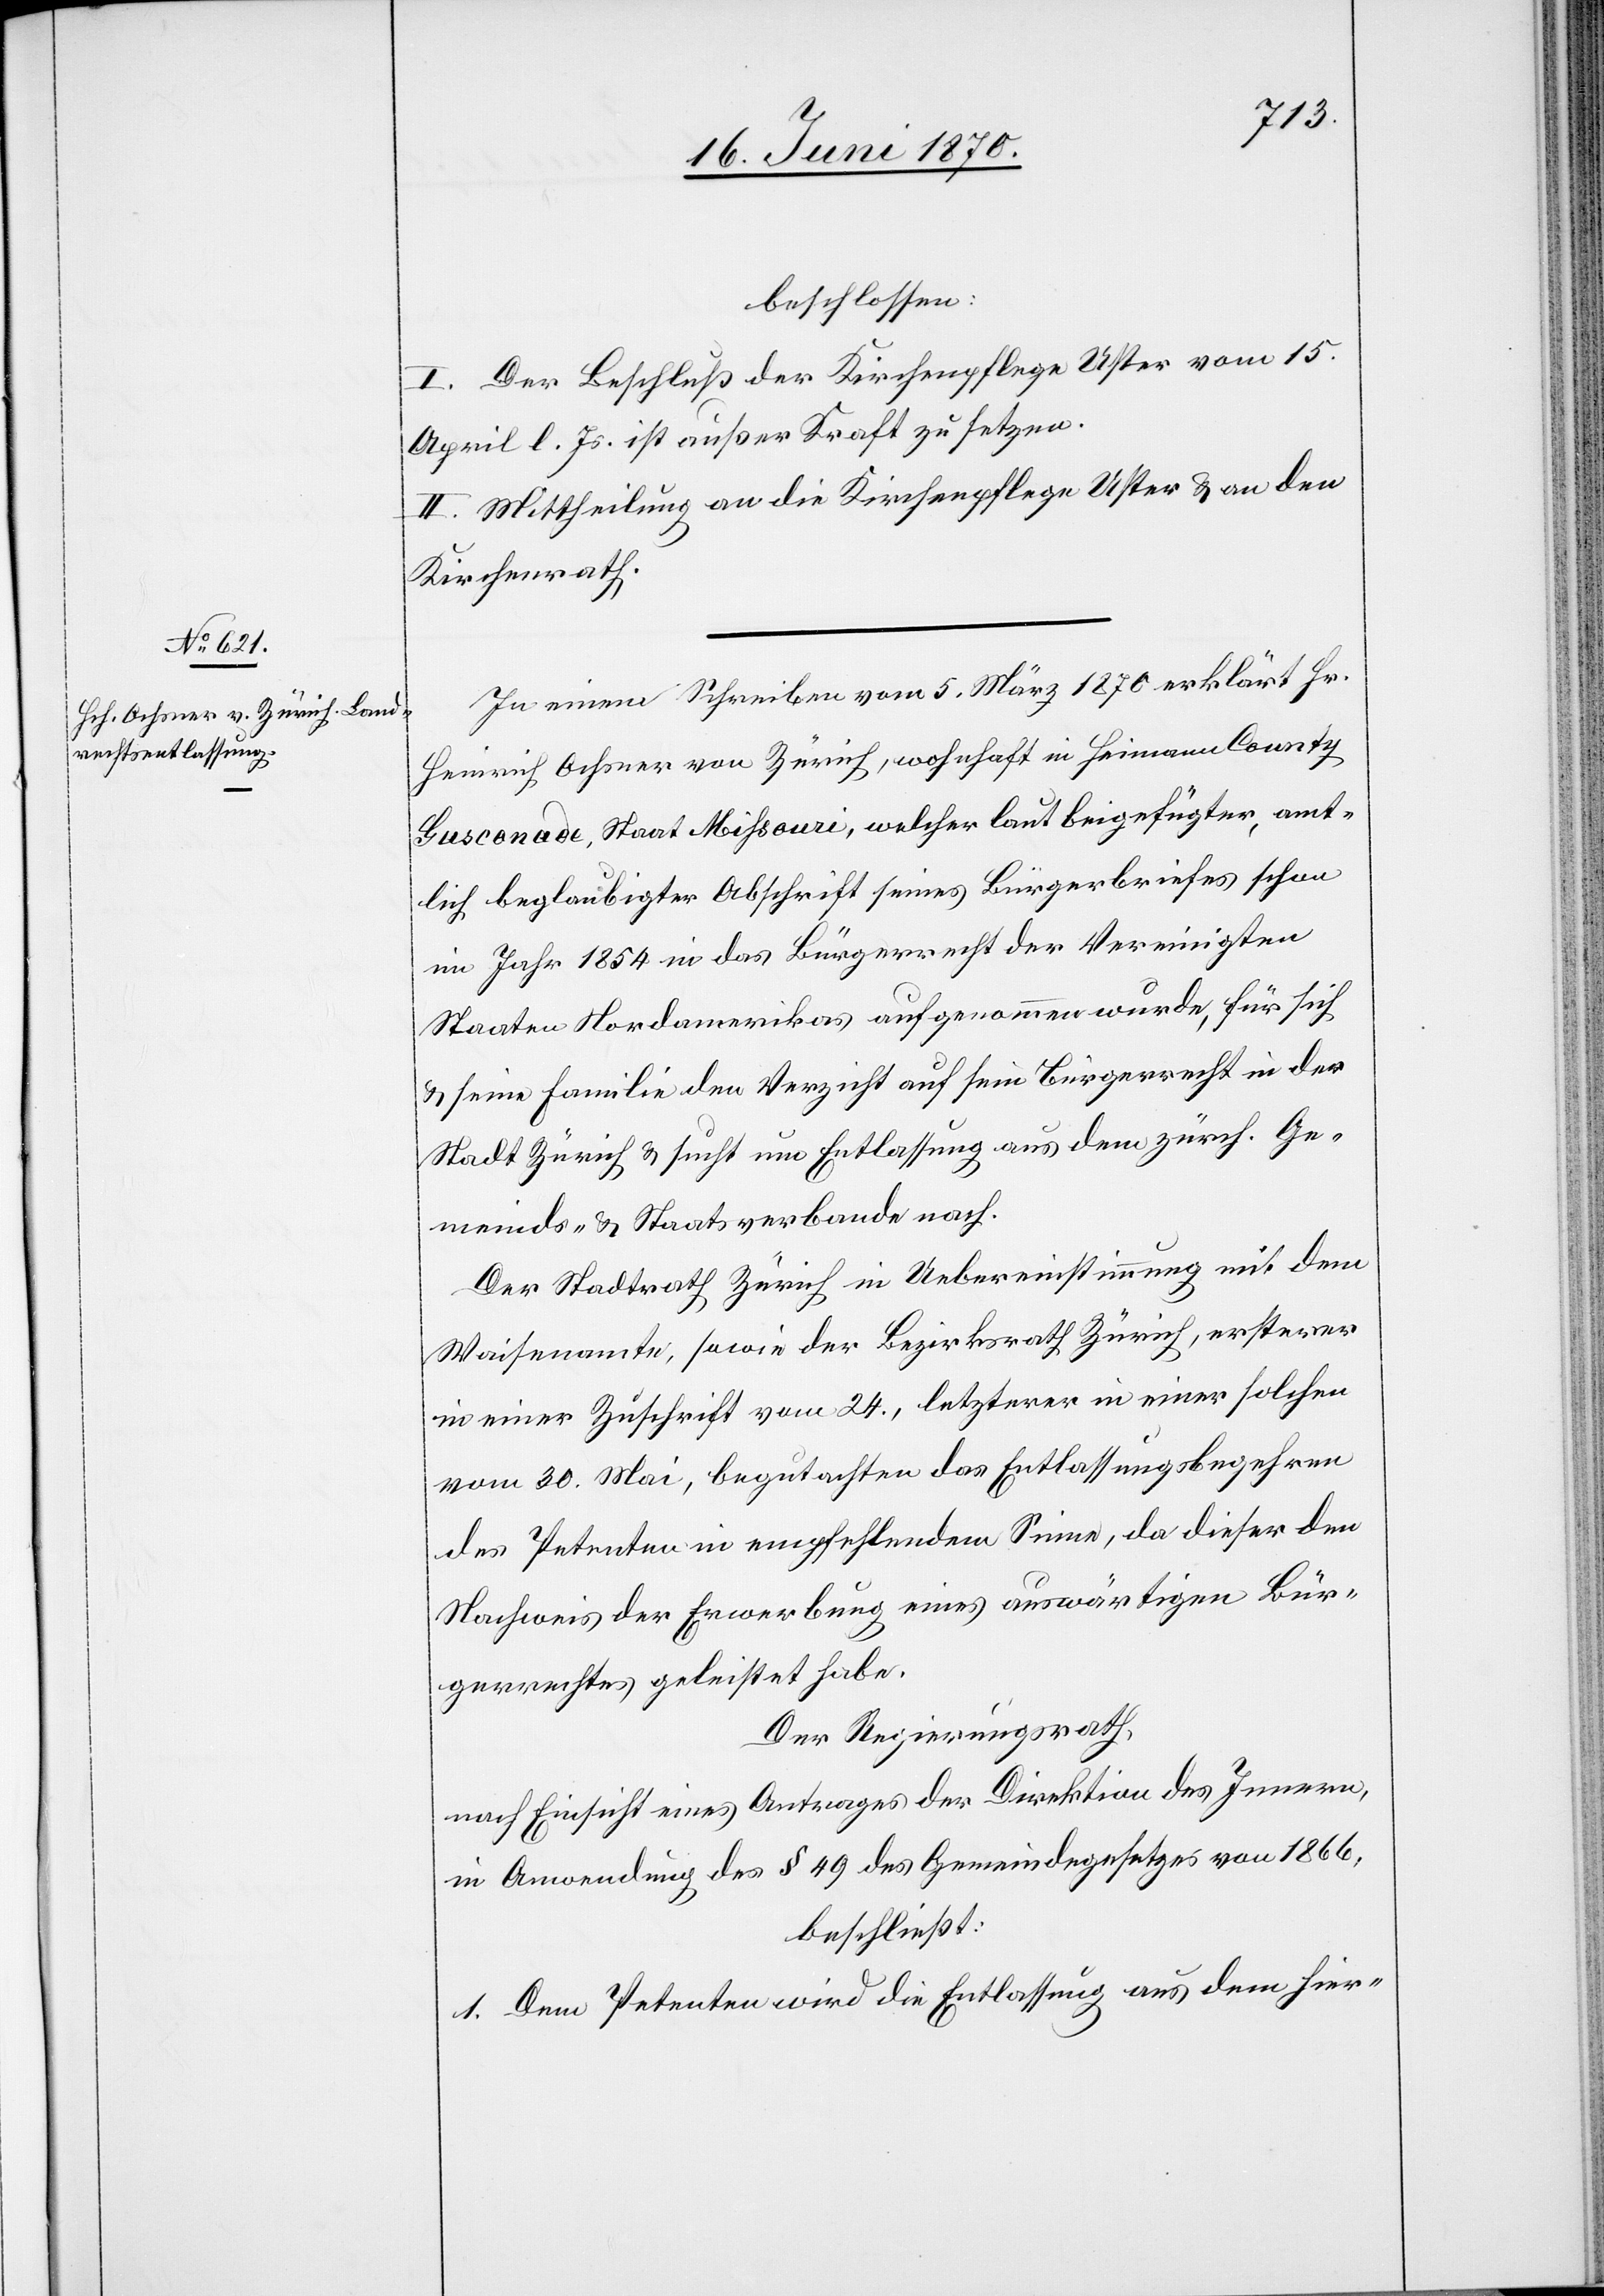
beschlossen:
I. Der Beschluß der Kirchenpflege Uster vom 15.
April l. Js. ist außer Kraft zu setzen.
II. Mittheilung an die Kirchenpflege Uster & an den
Kirchenrath.
In einem Schreiben vom 5. März 1870 erklärt Hr.
Heinrich Ochsner von Zürich, wohnhaft in Heimann County
Gasconade], Staat Mißouri, welcher laut beigeführter, amt¬
lich beglaubigter Abschrift seines Bürgerbriefes schon
im Jahr 1854 in das Bürgerrecht der Vereinigten
Staaten Nordamerikas aufgenommen wurde, für sich
& seine Familie den Verzicht auf sein Bürgerrecht in der
Stadt Zürich & sucht um Entlassung aus dem zürch. Ge¬
meinds- & Staatsverbande nach.
Der Stadtrath Zürich in Uebereinstimmung mit dem
Waisenamte, sowie der Bezirksrath Zürich, ersterer
in einer Zuschrift vom 24., letzterer in einer solchen
vom 30. Mai, begutachten das Entlassungsbegehren
des Petenten in empfehlendem Sinne, da dieser den
Nachweis der Erwerbung eines auswärtigen Bür¬
gerrechtes geleistet habe.
Der Regierungsrath,
nach Einsicht eines Antrages der Direktion des Innern,
in Anwendung des § 49 des Gemeindegesetzes von 1866,
beschließt:
1. Dem Petenten wird die Entlassung aus dem hier-